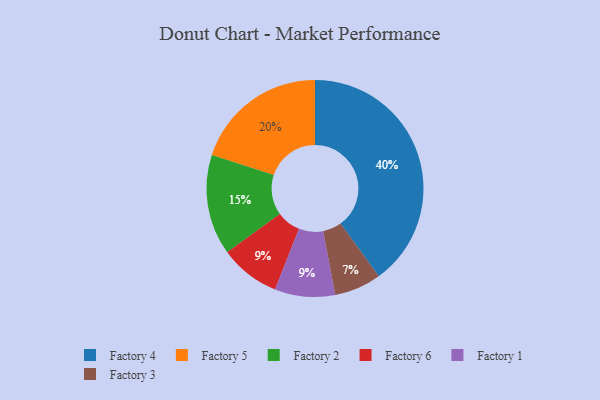
{"axis": {"x": "Category", "y": "Percentage"}, "legend": ["Factory 1", "Factory 2", "Factory 3", "Factory 4", "Factory 5", "Factory 6"], "data": [{"x": "Factory 2", "y": 15, "type": "Factory 2"}, {"x": "Factory 6", "y": 9, "type": "Factory 6"}, {"x": "Factory 3", "y": 7, "type": "Factory 3"}, {"x": "Factory 4", "y": 40, "type": "Factory 4"}, {"x": "Factory 1", "y": 9, "type": "Factory 1"}, {"x": "Factory 5", "y": 20, "type": "Factory 5"}]}